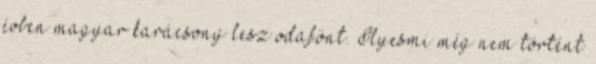
évben magyar karácsony lesz odafönt. Ilyesmi még nem történt